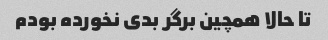
تا حالا همچین برگر بدی نخورده بودم